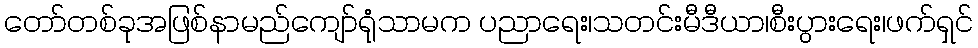
တော်တစ်ခုအဖြစ်နာမည်ကျော်ရုံသာမက ပညာရေး၊သတင်းမီဒီယာ၊စီးပွားရေး၊ဖက်ရှင်